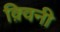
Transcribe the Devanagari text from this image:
क़्विनी